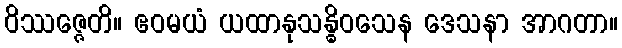
ဝိဿဇ္ဇေတိ။ ဧဝမယံ ယထာနုသန္ဓိဝသေန ဒေသနာ အာဂတာ။